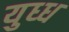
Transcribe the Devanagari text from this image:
युध्ध